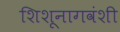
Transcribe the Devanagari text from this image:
शिशूनागवंशी